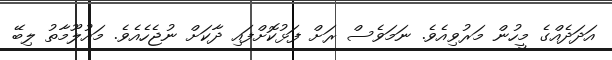
އަދަދެއްގެ މީހުން މަރުވިއެވެ. ނަމަވެސް ރަށް ފަޅުކޮށްފައި ދާކަށް ނުޖެހެއެވެ. މައުލޫމާތު ލިބޭ